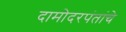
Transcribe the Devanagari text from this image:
दामोदरपंतांचे